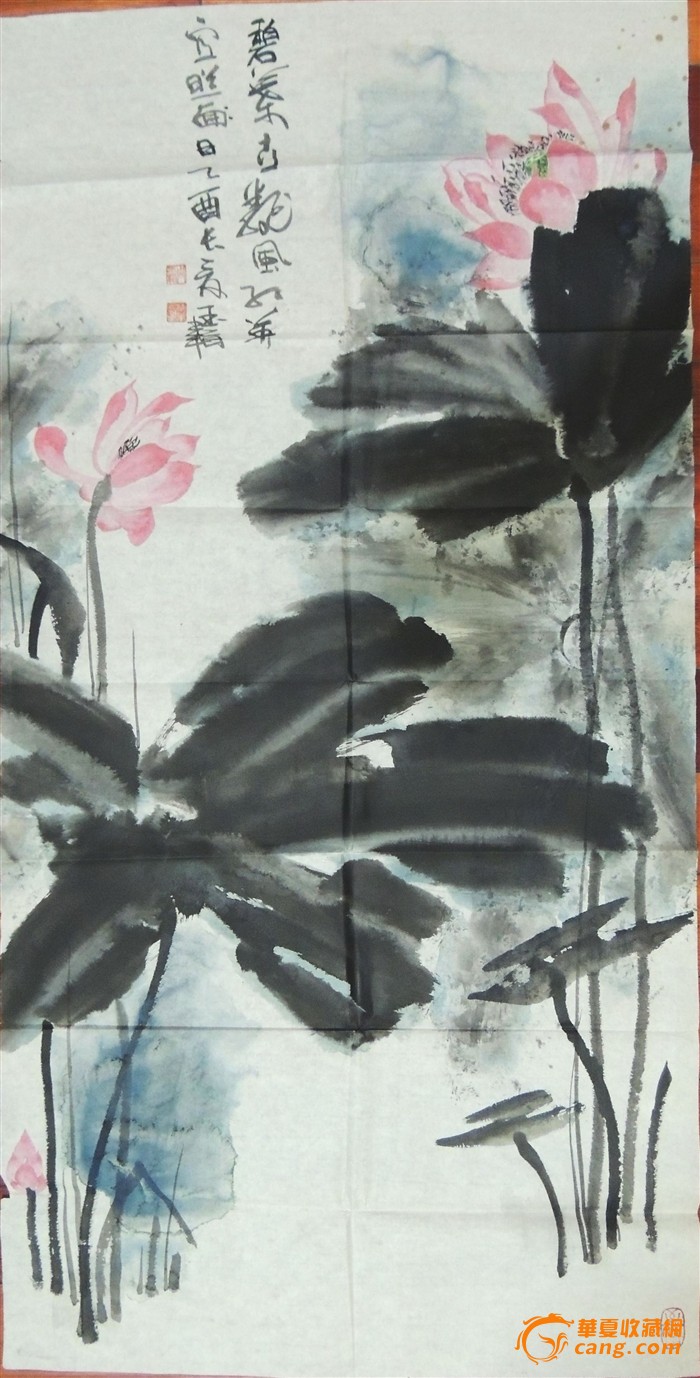
客子过壕追野马，将军韬箭射天狼。